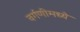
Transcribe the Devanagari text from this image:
वर्गणीमध्ये